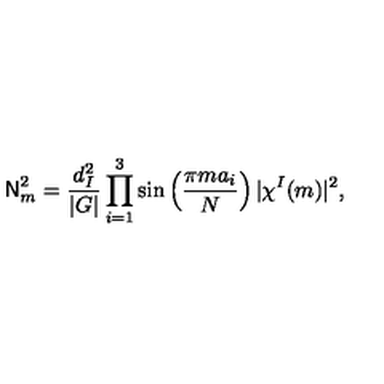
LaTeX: { \sf N } _ { m } ^ { 2 } = \frac { d _ { I } ^ { 2 } } { | G | } \prod _ { i = 1 } ^ { 3 } \sin \left( \frac { \pi m a _ { i } } { N } \right) | \chi ^ { I } ( m ) | ^ { 2 } ,